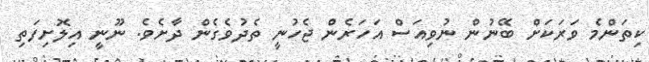
ކިތަންމެ ވަރަކަށް ބޭނުން ނުވިއަސް އަހަރެން ޖެހުނީ ތެދުވެގެން ދާށެވެ. ނޫނީ އިލޮށިފަތި